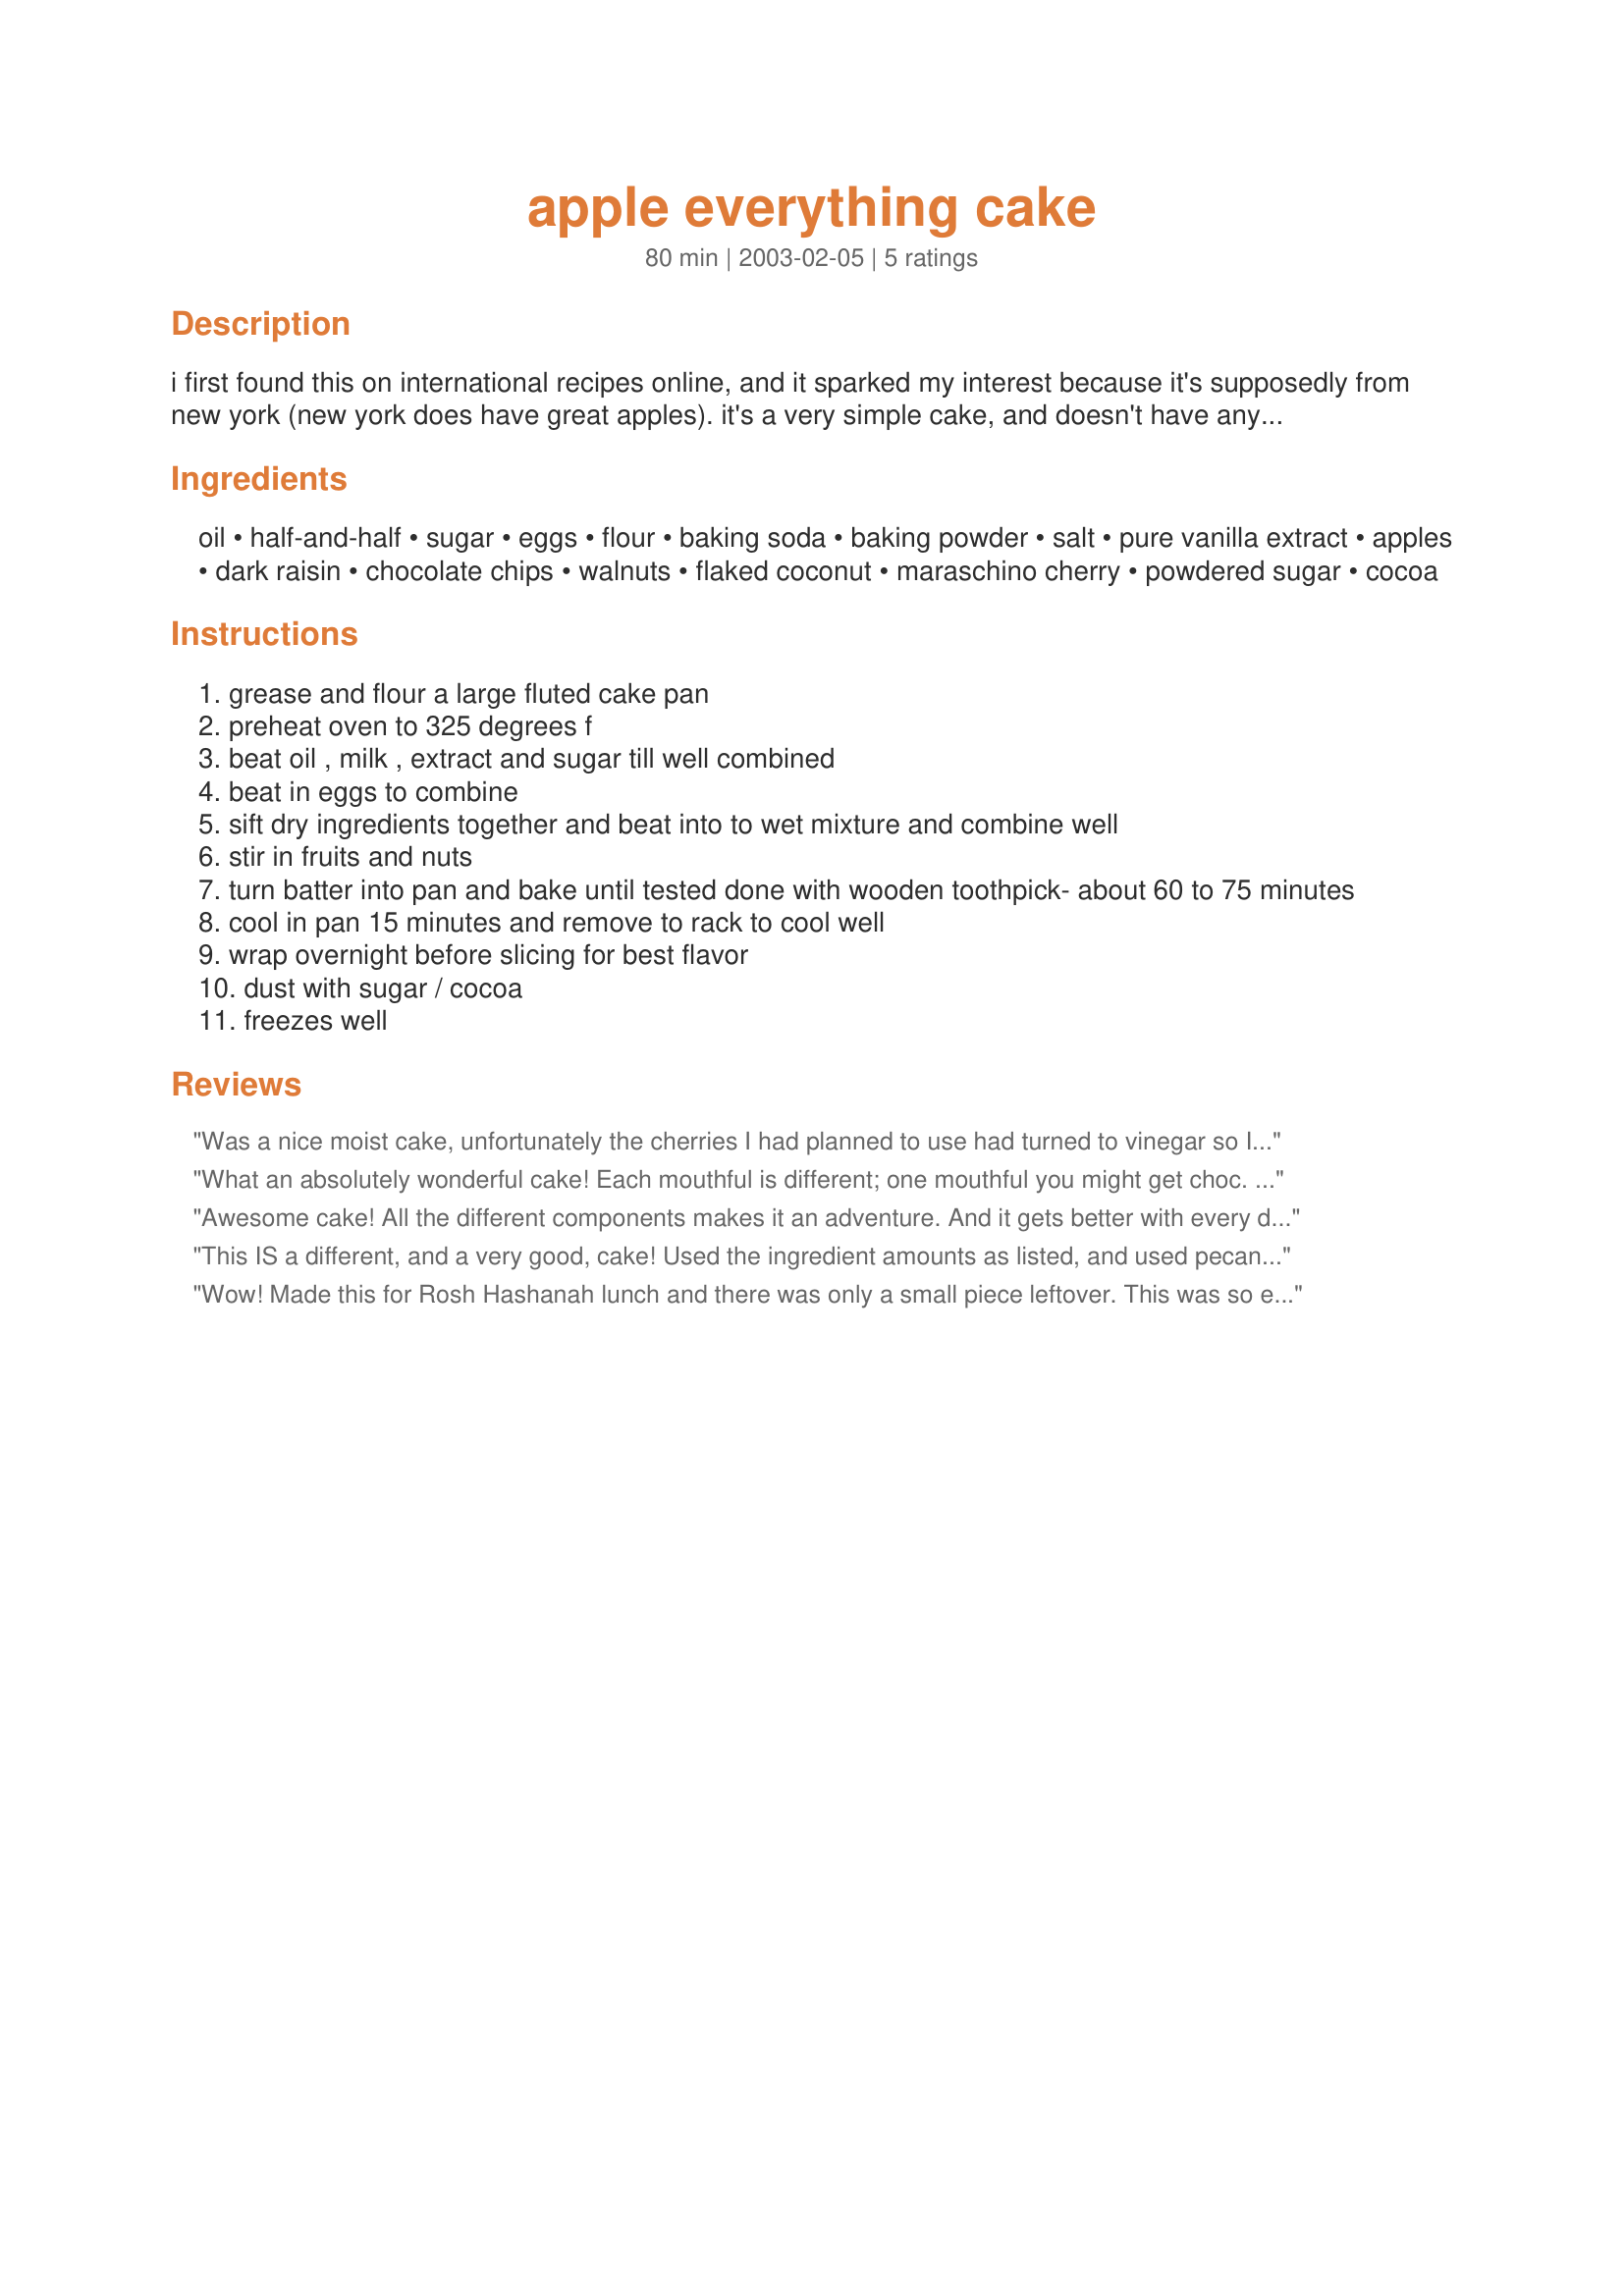
apple everything cake
Preparation time: 80 minutes

i first found this on international recipes online, and it sparked my interest because it's supposedly from new york (new york does have great apples). it's a very simple cake, and doesn't have any cinnamon in it, so it's become my daughter nomi's favorite.

Ingredients:
oil, half-and-half, sugar, eggs, flour, baking soda, baking powder, salt, pure vanilla extract, apples, dark raisin, chocolate chips, walnuts, flaked coconut, maraschino cherry, powdered sugar, cocoa

Steps:
grease and flour a large fluted cake pan
preheat oven to 325 degrees f
beat oil , milk , extract and sugar till well combined
beat in eggs to combine
sift dry ingredients together and beat into to wet mixture and combine well
stir in fruits and nuts
turn batter into pan and bake until tested done with wooden toothpick- about 60 to 75 minutes
cool in pan 15 minutes and remove to rack to cool well
wrap overnight before slicing for best flavor
dust with sugar / cocoa
freezes well

Reviews:
Was a nice moist cake, unfortunately the cherries I had planned to use had turned to vinegar so I just added some extra nuts and such.
Was nice with tea/coffee after (one of!) the festive meals during the last few days of Rosh hashana
Thanks and a happy new year!
What an absolutely wonderful cake! Each mouthful is different; one mouthful you might get choc. chips and cherries, another, raisins and nuts, and always apple. The varied fruit/nuts/chips combo works really well together. I used two large Granny Smith apples and increased all the rest of the fruit/nut/chips to 1/3 cup each as I was just too lazy to get out my 1/4 cup measure. I don't think the cake suffered for my increasing these ingredients and I didn't have a problem with the cake overflowing my bundt pan. I took the cake to work and everybody loved it! This is a great, reliable and delightful cake which I will definitely make again!
Awesome cake! All the different components makes it an adventure. And it gets better with every day. I added a chocolate glaze as it was meant for a Birthday. Added amazing shine to it and everyone loved it. Wished it lasted longer. &lt;br/&gt;Will be one of my favorite cakes to make.
This IS a different, and a very good, cake! Used the ingredient amounts as listed, and used pecans. It's exactly as Boxerwing described. Took 75 min to bake in my slow oven. We thought it was good the day I baked it, but after an overnight wrap, it was WONDERFUL! Next time I will use walnuts for better contrast to the other flavors. I will make this again but it probably won't go into the "regular rotation" because of the time to chop, mix and then bake for more than an hour. But I DO recommend this! Thanks for posting!
Wow! Made this for Rosh Hashanah lunch and there was only a small piece leftover. This was so easy to make. I did use 1/3 C of raisins, chips and cherries. The apples were MacIntosh and the nuts were walnuts. I know this will be made again!
